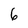
Character: 6